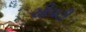
ચીપટી